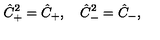
\hat { C } _ { + } ^ { 2 } = \hat { C } _ { + } , \quad \hat { C } _ { - } ^ { 2 } = \hat { C } _ { - } ,